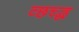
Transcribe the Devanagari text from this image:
व्छच्द्ध